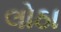
લોઠા